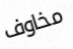
مخاوف